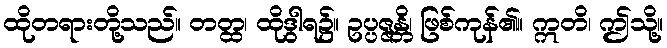
ထိုတရားတို့သည်။ တတ္ထ၊ ထိုဒွါရ၌။ ဥပ္ပဇ္ဇန္တိ၊ ဖြစ်ကုန်၏။ ဣတိ၊ ဤသို့။